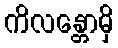
ကိလန္တောမှိ